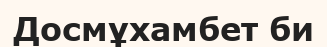
Досмұхамбет би